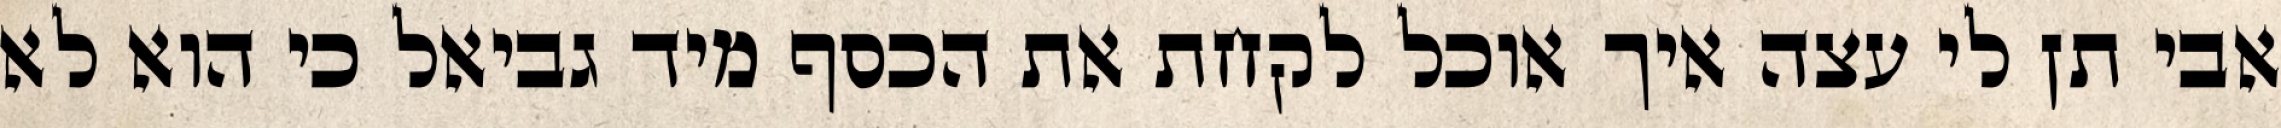
אבי תן לי עצה איך אוכל לקחת את הכסף מיד גביאל כי הוא לא